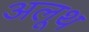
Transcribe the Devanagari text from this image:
अलूथ